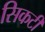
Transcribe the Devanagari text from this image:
सिकटी